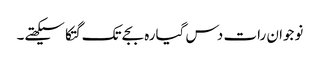
نوجوان رات دس گیارہ بجے تک گتکا سیکھتے۔